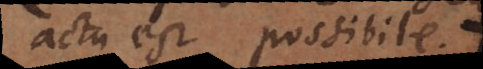
actu est possibile.:)